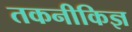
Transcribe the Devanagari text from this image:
तकनीकिज्ञ